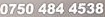
0750 484 4538